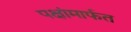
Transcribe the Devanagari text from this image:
पक्षांमार्फत